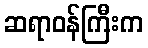
ဆရာဝန်ကြီးက